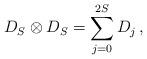
LaTeX: \begin{align*}D_S \otimes D_S = \sum_{j=0}^{2S} D_j \,,\end{align*}